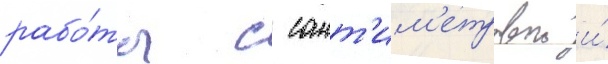
рабо́ты с сант'им'етровои и́